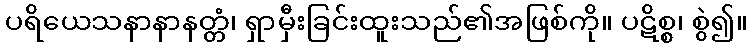
ပရိယေသနာနာနတ္တံ၊ ရှာမှီးခြင်းထူးသည်၏အဖြစ်ကို။ ပဋိစ္စ၊ စွဲ၍။